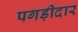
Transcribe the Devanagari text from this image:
पगड़ीदार